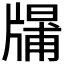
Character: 𤗱